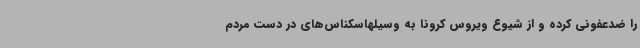
را ضدعفونی کرده و از شیوع ویروس کرونا به وسیلهاسکناس‌های در دست مردم